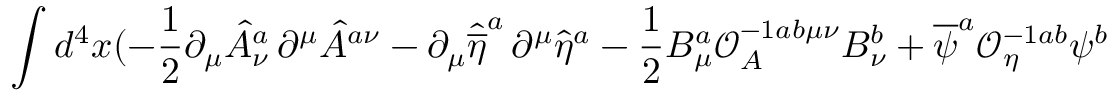
\int d ^ { 4 } x ( - \frac { 1 } { 2 } \partial _ { \mu } { \hat { A } } _ { \nu } ^ { a } \, \partial ^ { \mu } { \hat { A } } ^ { a \nu } - \partial _ { \mu } { \hat { \overline { { { \eta } } } } } ^ { a } \, \partial ^ { \mu } { \hat { \eta } } ^ { a } - \frac { 1 } { 2 } B _ { \mu } ^ { a } { \mathcal { O } } _ { A } ^ { - 1 a b \mu \nu } B _ { \nu } ^ { b } + { \overline { { { \psi } } } } ^ { a } { \mathcal { O } } _ { \eta } ^ { - 1 a b } \psi ^ { b }